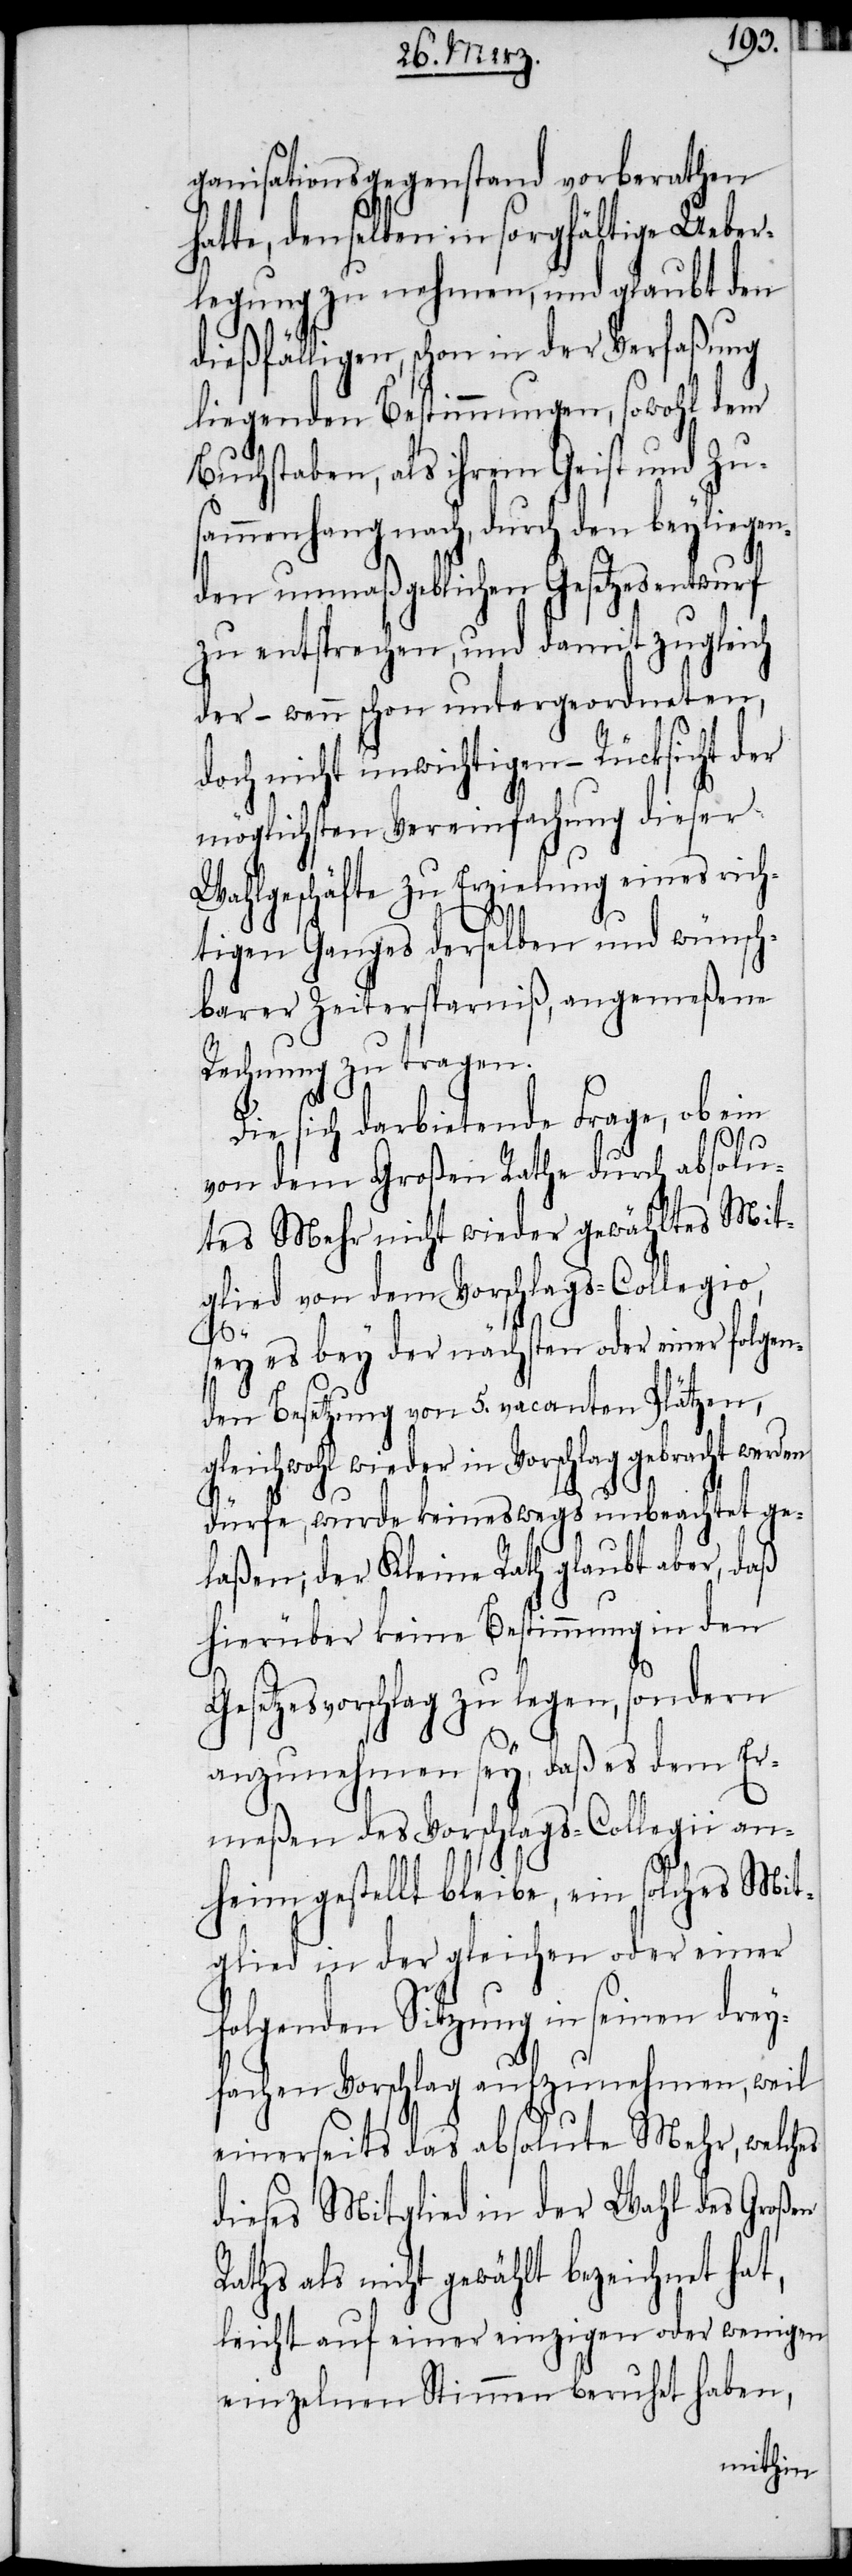
ganisationsgegenstand vorberathen
hatte, denselben in sorgfältige Ueber¬
legung zu nehmen, und glaubt den
dießfälligen, schon in der Verfaßung
liegenden Bestimmungen, sowohl dem
Buchstaben, als ihrem Geist und Zu¬
sammenhang nach, durch den beyliegen¬
den unmaßgeblichen Gesetzesentwurf
zu entsprechen, und damit zugleich
der – wenn schon untergeordneten,
doch nicht unwichtigen – Rücksicht der
möglichsten Vereinfachung dieser
Wahlgeschäfte zu Erzielung eines rich¬
tigen Ganges derselben und wünsch¬
barer Zeitersparniß, angemeßene
Rechnung zu tragen.
Die sich darbietende Frage, ob ein
von dem Großen Rathe durch absolu¬
tes Mehr nicht wieder gewähltes Mit¬
glied von dem Vorschlags-Collegio,
sey es bey der nächsten oder einer folgen¬
den Besetzung von 5. vacanten Plätzen,
gleichwohl wieder in Vorschlag gebracht werden
dürfe, wurde keineswegs unbeachtet ge¬
laßen; der Kleine Rath glaubt aber, daß
hierüber keine Bestimmung in den
Gesetzesvorschlag zu legen, sondern
anzunehmen sey, daß es dem Er¬
meßen des Vorschlags-Collegii a¬
nheim gestellt bleibe, ein solches Mit¬
glied in der gleichen oder einer
folgenden Sitzung in seinen drey¬
fachen Vorschlag aufzunehmen, weil
einerseits das absolute Mehr, welches
dieses Mitglied in der Wahl des Großen
Raths als nicht gewählt bezeichnet hat,
leicht auf einer einzigen oder wenigen
einzelnen Stimmen beruhet haben,